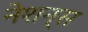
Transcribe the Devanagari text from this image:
नेशन्‍स